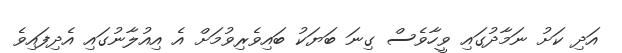
އަދި ކަށު ނަމާދުގައި ވީހާވެސް ގިނަ ބަޔަކު ބައިވެރިވުމަށް އެ އިއުލާނުގައި އެދިފައިވެ